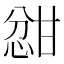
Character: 𫺦